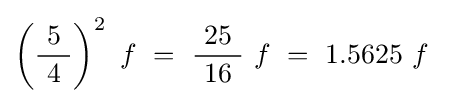
\left({\frac {\ 5\ }{4}}\right)^{2}\ f~=~{\frac {\ 25\ }{16}}\ f~=~1.5625\ f~